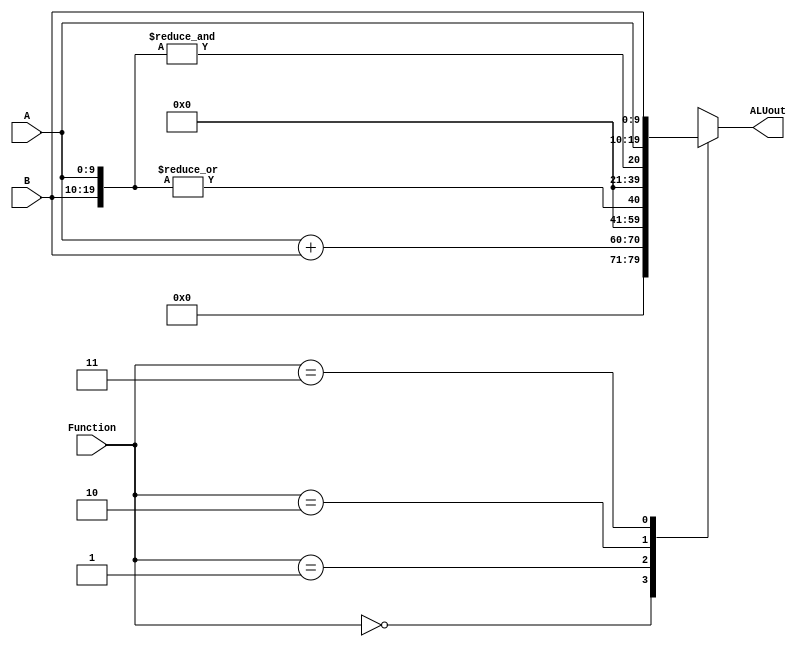

module part3(A,B,Function,ALUout);

parameter N=10; 

input [N-1:0] A,B;
input [1:0] Function; //select signals 
output reg [(N*2)-1:0] ALUout; 

always@(*)
begin 
case(Function)
2'b00:ALUout=A+B; //full adder should be used here , used case0 function 
2'b01:ALUout=|{A,B}; //single reduction or operator 
2'b10:ALUout=&{A,B};
2'b11:ALUout={A,B};
default:ALUout='b0;
endcase
end


endmodule